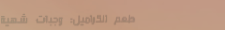
مطعم الكراميل: وجبات شهية